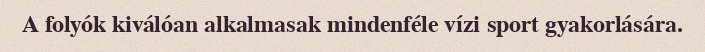
A folyók kiválóan alkalmasak mindenféle vízi sport gyakorlására.